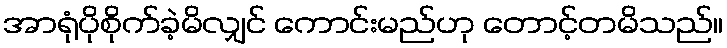
အာရုံပိုစိုက်ခဲ့မိလျှင် ကောင်းမည်ဟု တောင့်တမိသည်။